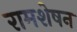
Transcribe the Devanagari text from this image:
रामशेषन